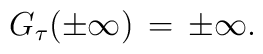
G_{\tau}(\pm \infty)\,=\,\pm \infty.